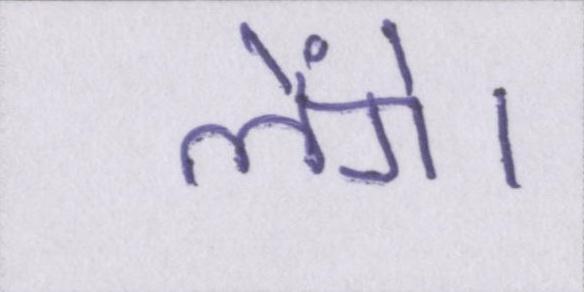
लेंगे।